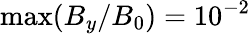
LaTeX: \operatorname*{max}(B_{y}/B_{0})=10^{-2}